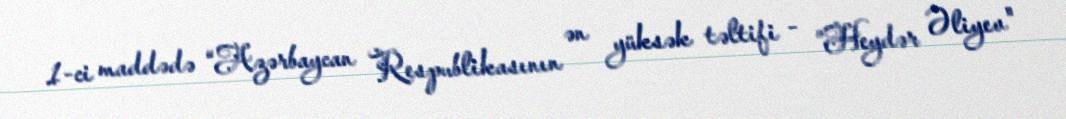
1-ci maddədə “Azərbaycan Respublikasının ən yüksək təltifi - ”Heydər Əliyev"